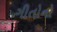
ગીતોનો